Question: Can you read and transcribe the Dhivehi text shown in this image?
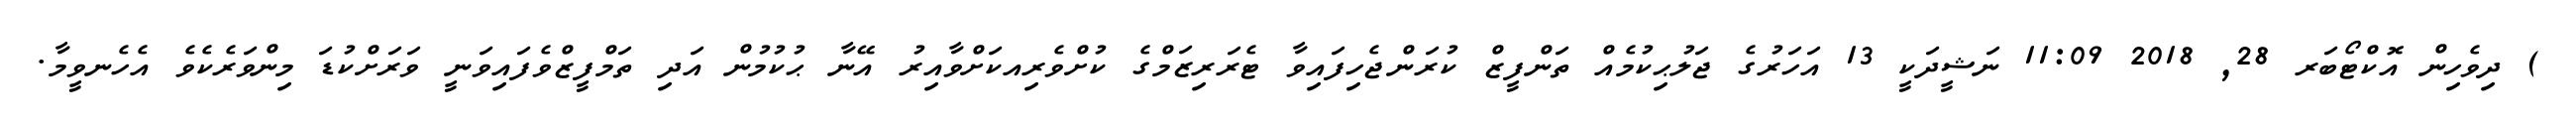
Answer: ) ދިވެހިން އޮކްޓޯބަރ 28, 2018 11:09 ނަޝީދަކީ 13 އަހަރުގެ ޖަލުޙިކުމެއް ތަންފީޒް ކުރަންޖެހިފައިވާ ޓެރަރިޒަމްގެ ކުށްވެރިއކަށްވާއިރު އޭނާ ޙުކުމުން އަދި ތަމްފީޒްވެފައިވަނީ ވަރަށްކުޑަ މިންވަރެކެވެ އެހެނވީމާ.